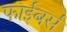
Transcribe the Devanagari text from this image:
फाईबर्स